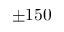
\pm 1 5 0